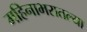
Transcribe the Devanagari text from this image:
महिनाभरातल्या